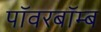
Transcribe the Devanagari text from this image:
पॉवरबॉम्ब